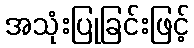
အသုံးပြုခြင်းဖြင့်